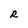
Character: R